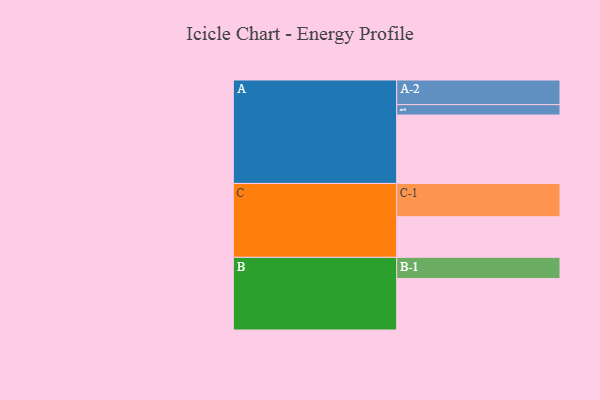
{"axis": {"x": "Segment", "y": "Value"}, "legend": ["", "A", "B", "C"], "data": [{"x": "A", "y": 558, "type": ""}, {"x": "B", "y": 420, "type": ""}, {"x": "C", "y": 331, "type": ""}, {"x": "A-1", "y": 85, "type": "A"}, {"x": "A-2", "y": 201, "type": "A"}, {"x": "B-1", "y": 173, "type": "B"}, {"x": "C-1", "y": 272, "type": "C"}]}